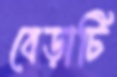
বেড়াটি